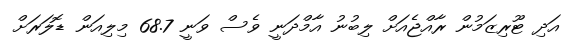
އަދި ޓޫރިޒަމުން ރާއްޖެއަށް ލިބުނު އާމްދަނީ ވެސް ވަނީ 68.7 މިލިއަން ޑޮލަރަށް